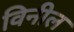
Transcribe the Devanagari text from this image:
विनील